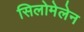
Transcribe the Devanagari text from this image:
सिलोमेलेन